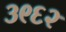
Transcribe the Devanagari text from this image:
३९६२